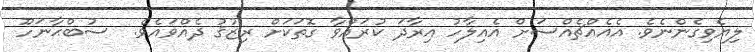
ލިޔެވިގެންނެވެ. އެއެއްޗެއްސަށް އެއިލާހު އިރާދަ ކުރައްވާ ގޮތަކަށް ރިޒުޤު ދެއްވައެވެ.  ސުބްޙާނަހޫ